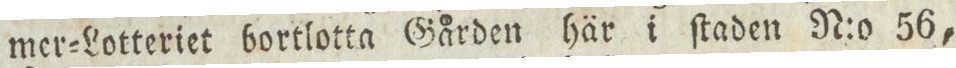
mer=Lotteriet bortlotta Gården här i ſtaden N:o 56,